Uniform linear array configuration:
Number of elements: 12
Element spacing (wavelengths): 0.75
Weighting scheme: blackman
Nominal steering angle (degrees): -30
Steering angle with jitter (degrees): -31.84
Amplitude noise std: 0.05
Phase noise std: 0.05

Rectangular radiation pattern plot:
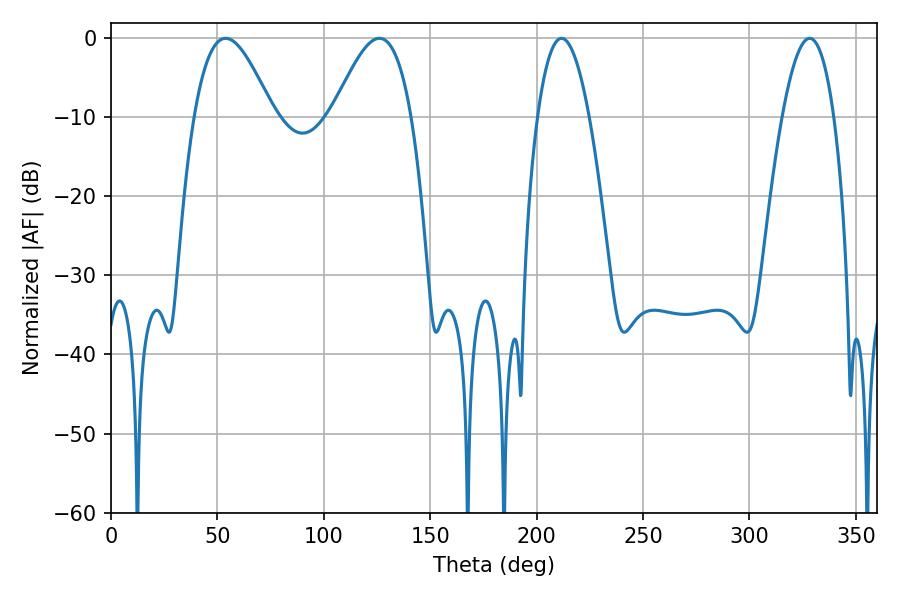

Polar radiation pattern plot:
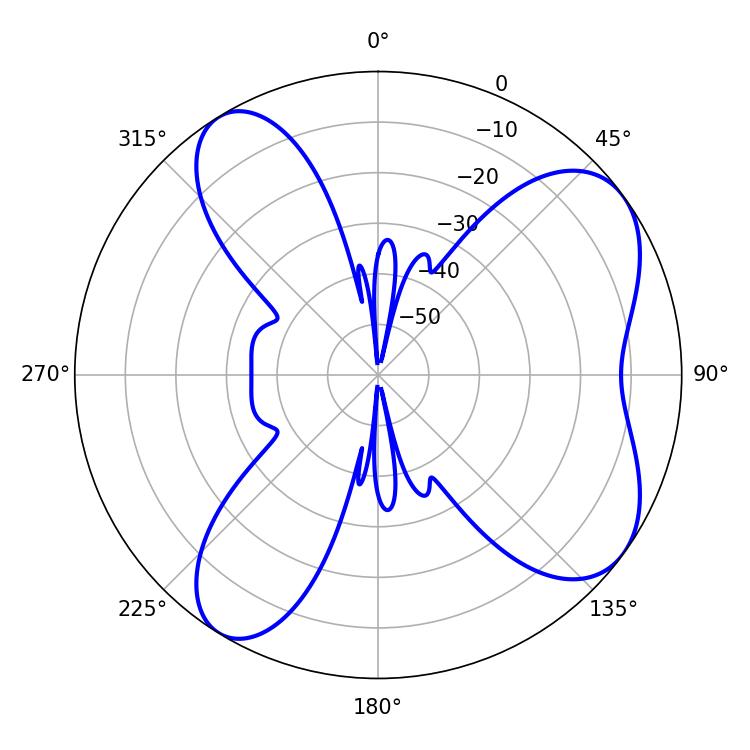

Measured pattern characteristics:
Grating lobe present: TRUE
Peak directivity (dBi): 7.156
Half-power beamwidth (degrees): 13.5
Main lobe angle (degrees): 211.68